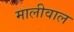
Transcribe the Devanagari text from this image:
मालीवाल